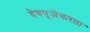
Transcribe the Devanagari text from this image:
देवपूजेकरता